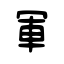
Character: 軍